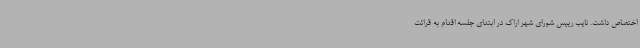
اختصاص داشت. نایب رییس شورای شهر اراک در ابتدای جلسه اقدام به قرائت